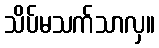
သိပ်မသက်သာလှ။